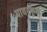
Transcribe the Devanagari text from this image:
पावरफुल